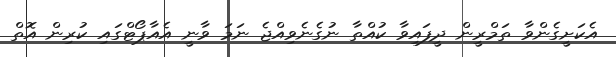
އެކަށީގެންވާ ތަމްރީން ދީފައިވާ ކުއްތާ ނުގެނެވިއްޖެ ނަމަ ވާނީ އެއާޕޯޓްގައި ކުރިން އޮތް